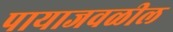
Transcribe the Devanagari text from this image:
पायाजवळील